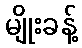
မျိုးခန့်